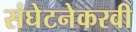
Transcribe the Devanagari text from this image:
संघेटनेकरवी